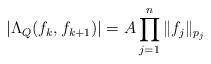
LaTeX: \begin{align*}|\Lambda_{Q}(f_k, f_{k+1})|=A \prod_{j=1}^{n}\|f_j\|_{p_j}\end{align*}